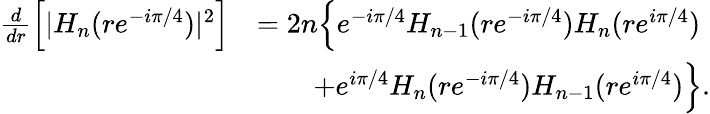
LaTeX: \begin{array}{rl}{\frac{d}{dr}\Big[|H_{n}(re^{-i\pi/4})|^{2}\Big]}&{=2n\Big\{ e^{-i\pi/4}H_{n-1}(re^{-i\pi/4})H_{n}(re^{i\pi/4})}\\ &{\qquad+e^{i\pi/4}H_{n}(re^{-i\pi/4})H_{n-1}(re^{i\pi/4})\Big\} .}\end{array}